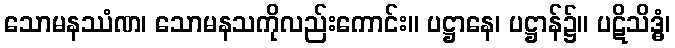
သောမနဿံဏ၊ သောမနသကိုလည်းကောင်း။ ပဋ္ဌာနေ၊ ပဋ္ဌာန်၌။ ပဋိသိဒ္ဓံ၊